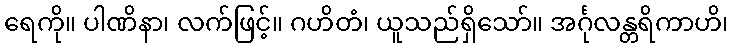
ရေကို။ ပါဏိနာ၊ လက်ဖြင့်။ ဂဟိတံ၊ ယူသည်ရှိသော်။ အင်္ဂုလန္တရိကာဟိ၊